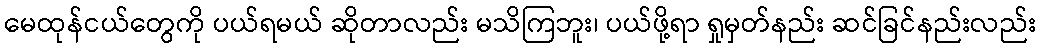
မေထုန်ငယ်တွေကို ပယ်ရမယ် ဆိုတာလည်း မသိကြဘူး၊ ပယ်ဖို့ရာ ရှုမှတ်နည်း ဆင်ခြင်နည်းလည်း